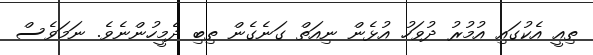
ތިއީ އެކުގައި އުމުރު ދުވަހު އުޅެން ނިއަތް ގަނެގެން ތިބި ދެމީހުންނެވެ. ނަމަވެސް